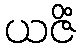
ယဇိံ